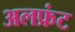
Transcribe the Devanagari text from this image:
अलफ्रंट